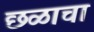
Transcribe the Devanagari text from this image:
छळाचा